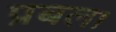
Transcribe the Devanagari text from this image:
प्रबल।